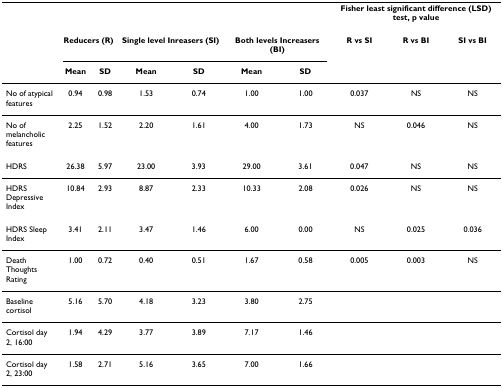
<table><thead><tr><td></td><td></td><td></td><td></td><td></td><td></td><td></td><td colspan="3"><b>Fisher least significant difference (LSD) test, p value</b></td></tr></thead><tbody><tr><td></td><td colspan="2"><b>Reducers (R)</b></td><td colspan="2"><b>Single level Inreasers (SI)</b></td><td colspan="2"><b>Both levels Increasers (BI)</b></td><td><b>R vs SI</b></td><td><b>R vs BI</b></td><td><b>SI vs BI</b></td></tr><tr><td></td><td><b>Mean</b></td><td><b>SD</b></td><td><b>Mean</b></td><td><b>SD</b></td><td><b>Mean</b></td><td><b>SD</b></td><td></td><td></td><td></td></tr><tr><td>No of atypical features</td><td>0.94</td><td>0.98</td><td>1.53</td><td>0.74</td><td>1.00</td><td>1.00</td><td>0.037</td><td>NS</td><td>NS</td></tr><tr><td>No of melancholic features</td><td>2.25</td><td>1.52</td><td>2.20</td><td>1.61</td><td>4.00</td><td>1.73</td><td>NS</td><td>0.046</td><td>NS</td></tr><tr><td>HDRS</td><td>26.38</td><td>5.97</td><td>23.00</td><td>3.93</td><td>29.00</td><td>3.61</td><td>0.047</td><td>NS</td><td>NS</td></tr><tr><td>HDRS Depressive Index</td><td>10.84</td><td>2.93</td><td>8.87</td><td>2.33</td><td>10.33</td><td>2.08</td><td>0.026</td><td>NS</td><td>NS</td></tr><tr><td>HDRS Sleep Index</td><td>3.41</td><td>2.11</td><td>3.47</td><td>1.46</td><td>6.00</td><td>0.00</td><td>NS</td><td>0.025</td><td>0.036</td></tr><tr><td>Death Thoughts Rating</td><td>1.00</td><td>0.72</td><td>0.40</td><td>0.51</td><td>1.67</td><td>0.58</td><td>0.005</td><td>0.003</td><td>NS</td></tr><tr><td>Baseline cortisol</td><td>5.16</td><td>5.70</td><td>4.18</td><td>3.23</td><td>3.80</td><td>2.75</td><td></td><td></td><td></td></tr><tr><td>Cortisol day 2, 16:00</td><td>1.94</td><td>4.29</td><td>3.77</td><td>3.89</td><td>7.17</td><td>1.46</td><td></td><td></td><td></td></tr><tr><td>Cortisol day 2, 23:00</td><td>1.58</td><td>2.71</td><td>5.16</td><td>3.65</td><td>7.00</td><td>1.66</td><td></td><td></td><td></td></tr></tbody></table>